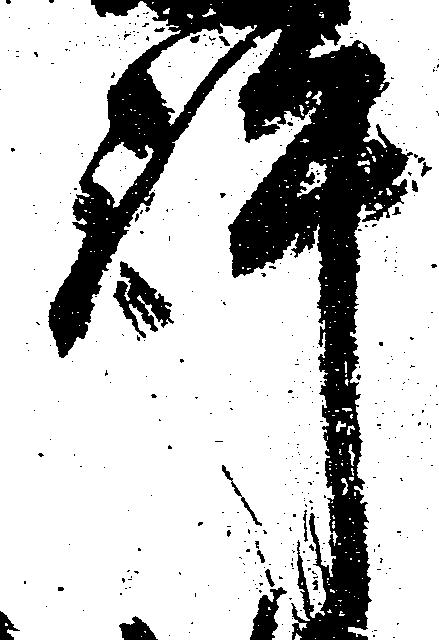
許